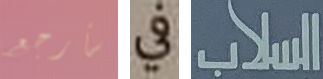
سأرجع في السلاب